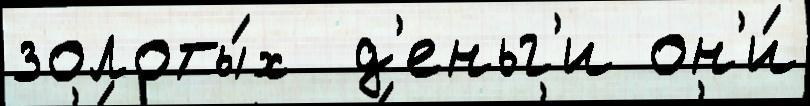
золоты́х  д'еньг'и он'и́